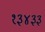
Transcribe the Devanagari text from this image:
१३४३३